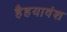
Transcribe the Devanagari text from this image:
हैहयावंश